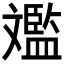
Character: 𣁥